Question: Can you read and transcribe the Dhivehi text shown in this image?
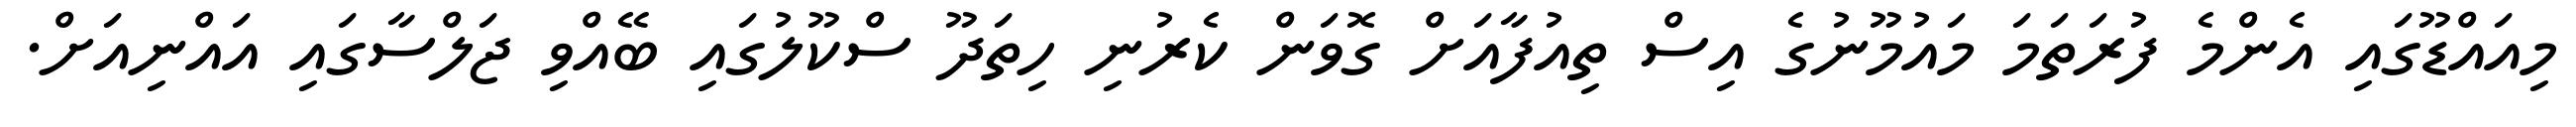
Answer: މިއައްޑޫގައި އެންމެ ފުރަތަމަ މައުމޫނުގެ އިސް ތިއުފާއަށް ގޮވަން ކެރުނި ހިތަދޫ ސްކޫލުގައި ބޭއްވި ޖަލްސާގައި އައްނިއަށް.